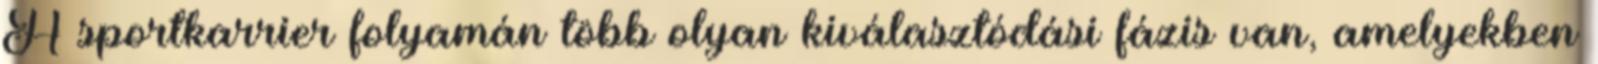
A sportkarrier folyamán több olyan kiválasztódási fázis van, amelyekben